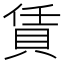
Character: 賃